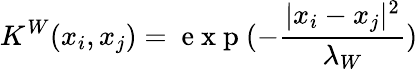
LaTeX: K^{W}(x_{i},x_{j})=\mathrm{~e~x~p~}(-\frac{|x_{i}-x_{j}|^{2}}{\lambda_{W}})